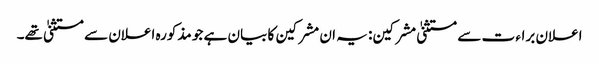
اعلان براء ت سے مستثنیٰ مشرکین: یہ ان مشرکین کا بیان ہے جو مذکورہ اعلان سے مستثنیٰ تھے۔